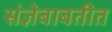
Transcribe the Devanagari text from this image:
संज्ञेबाबतीत